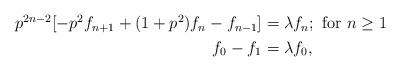
LaTeX: \begin{align*}\begin{aligned}p^{2n-2}[-p^2f_{n+1}+(1+p^2)f_n-f_{n-1}]&=\lambda f_n;\textrm{ for } n\geq 1\\f_0-f_1&=\lambda f_0,\\\end{aligned}\end{align*}